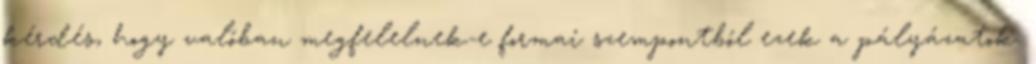
kérdés, hogy valóban megfelelnek-e formai szempontból ezek a pályázatok.